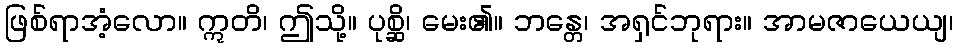
ဖြစ်ရာအံ့လော။ ဣတိ၊ ဤသို့။ ပုစ္ဆိ၊ မေး၏။ ဘန္တေ၊ အရှင်ဘုရား။ အာမဇာယေယျ၊